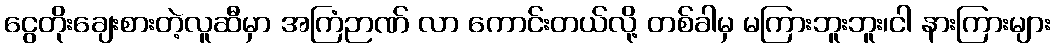
ငွေတိုးချေးစားတဲ့လူဆီမှာ အကြံဉာဏ် လာ ကောင်းတယ်လို့ တစ်ခါမှ မကြားဘူးဘူး၊ငါ နားကြားများ